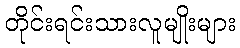
တိုင်းရင်းသားလူမျိုးများ